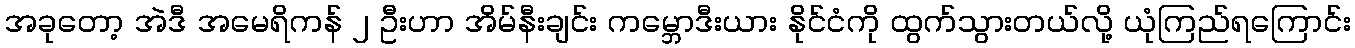
အခုတော့ အဲဒီ အမေရိကန် ၂ ဦးဟာ အိမ်နီးချင်း ကမ္ဘောဒီးယား နိုင်ငံကို ထွက်သွားတယ်လို့ ယုံကြည်ရကြောင်း